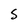
Character: S